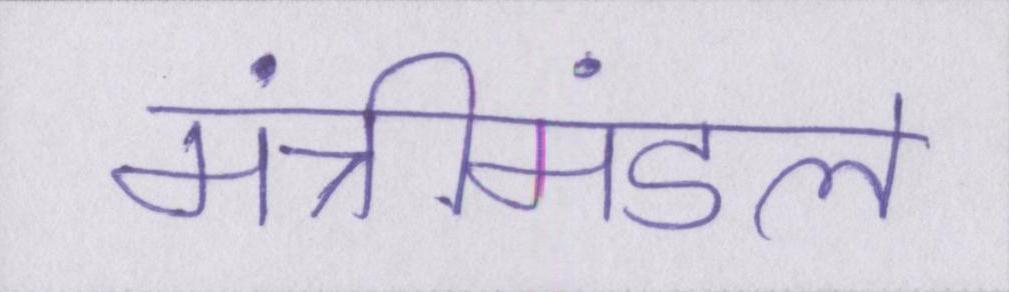
मंत्रीमंडल